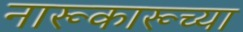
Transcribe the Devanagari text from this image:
नारूकारूच्या